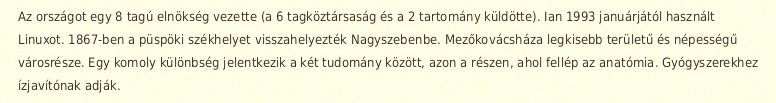
Az országot egy 8 tagú elnökség vezette (a 6 tagköztársaság és a 2 tartomány küldötte). Ian 1993 januárjától használt Linuxot. 1867-ben a püspöki székhelyet visszahelyezték Nagyszebenbe. Mezőkovácsháza legkisebb területű és népességű városrésze. Egy komoly különbség jelentkezik a két tudomány között, azon a részen, ahol fellép az anatómia. Gyógyszerekhez ízjavítónak adják.